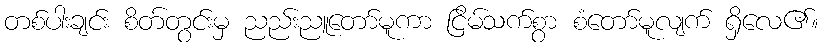
တစ်ပါးချင်း စိတ်တွင်းမှ ညည်းညူတော်မူကာ ငြိမ်သက်စွာ စံတော်မူလျက် ရှိလေ၏။